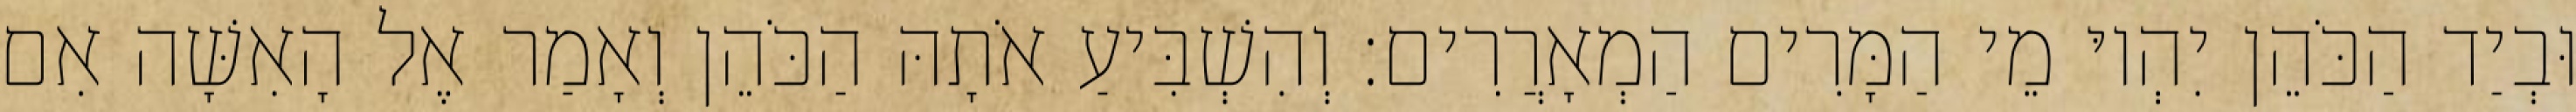
וּבְיַד הַכֹּהֵן יִהְיוּ מֵי הַמָּרִים הַמְאָרֲרִים׃ וְהִשְׁבִּיעַ אֹתָהּ הַכֹּהֵן וְאָמַר אֶל הָאִשָּׁה אִם